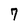
Character: 7